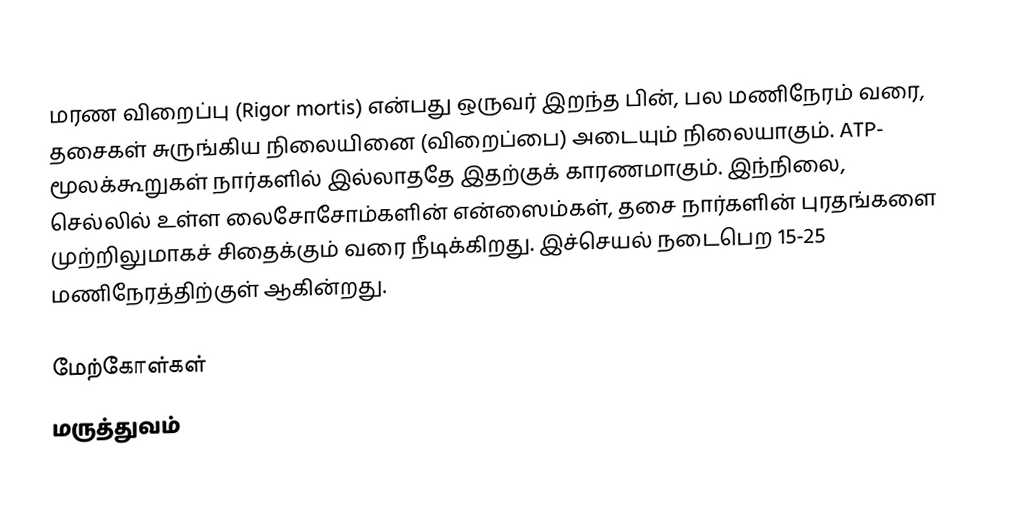
மரண விறைப்பு (Rigor mortis) என்பது ஒருவர் இறந்த பின், பல மணிநேரம் வரை, தசைகள் சுருங்கிய நிலையினை (விறைப்பை) அடையும் நிலையாகும். ATP- மூலக்கூறுகள் நார்களில் இல்லாததே இதற்குக் காரணமாகும். இந்நிலை, செல்லில் உள்ள லைசோசோம்களின் என்ஸைம்கள், தசை நார்களின் புரதங்களை முற்றிலுமாகச் சிதைக்கும் வரை நீடிக்கிறது. இச்செயல் நடைபெற 15-25 மணிநேரத்திற்குள் ஆகின்றது.

மேற்கோள்கள்
மருத்துவம்